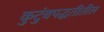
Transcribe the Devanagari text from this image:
कुटुंबपद्धतीतील